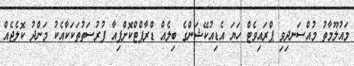
މައުލޫމާތު މުއްސަނދިވި ޕްރައިވެޓް ހަޔަ އެޑިއުކޭޝަންގެ ބިލެއް ޑްރާފްޓްކޮށްފިއާ ފުރުސަތުތަކަކާއެކު މަންދު ކޮލެޖެއް